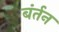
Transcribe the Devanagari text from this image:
बंर्तन